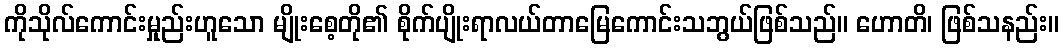
ကိုသိုလ်ကောင်းမှုည်းဟူသော မျိုးစေ့တို၏ စိုက်ပျိုးရာလယ်တာမြေကောင်းသဘွယ်ဖြစ်သည်။ ဟောတိ၊ ဖြစ်သနည်း။